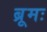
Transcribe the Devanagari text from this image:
ब्रूमः